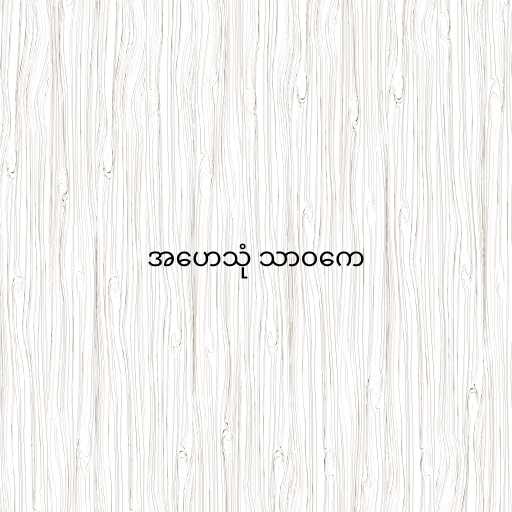
အဟေသုံ သာဝကေ